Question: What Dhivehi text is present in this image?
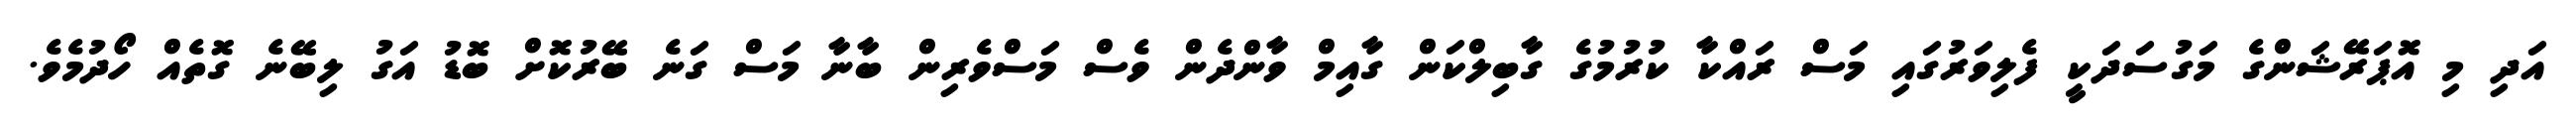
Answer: އަދި މި އޮޕަރޭޝަންގެ މަގުސަދަކީ ފެލިވަރުގައި މަސް ރައްކާ ކުރުމުގެ ގާބިލްކަން ގާއިމް ވާންދެން ވެސް މަސްވެރިން ބާނާ މަސް ގަނެ ބޭރުކޮށް ބޮޑު އަގު ލިބޭނެ ގޮތެއް ހޯދުމެވެ.